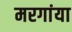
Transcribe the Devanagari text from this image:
मरगांया